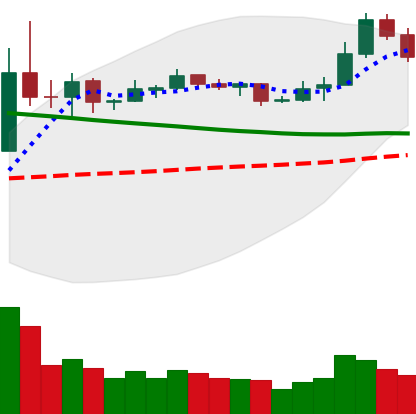
Ticker: NEO-USD
Chart end date: 2019-11-15
Forward return: -4.126%
Label: down_3_5